Annual administration report of the Civil Veterinary Department of India - 1895-1896
Year: 1895
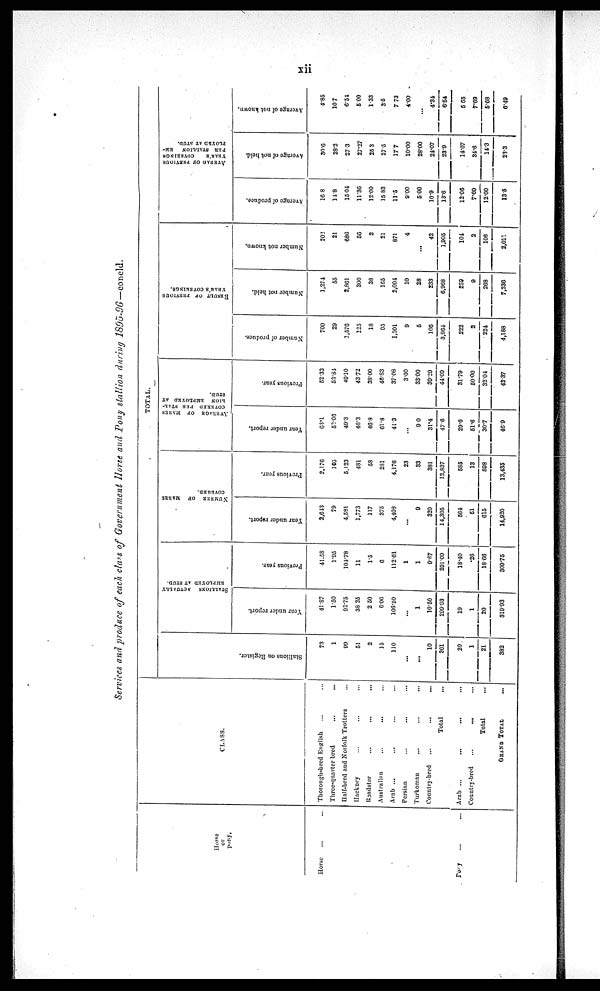
xii
Services and produce of each class of Government Horse and Pony stallion during 1895-96—concld.
Horse
or
pony.
Horse ... ...
Pony ... ...
CLASS.
Thorough-bred English ... ...
Three-quarter bred ... ...
Half-bred and Norfolk Trotters ...
Hackney ... ... ...
Roadster
...
...
...
Australian ... ... ...
Arab ... ... ...
Persian
...
...
...
Turkoman ... ... ...
Country-bred
...
...
...
Total ...
Arab ...
...
... ...
Country-bred
...
... ...
Total ...
GRAND TOTAL ....
TOTAL.
St al l
i
ons on Register.
73
1
99
51
2
15
110
...
...
10
361
20
1
21
382
STALLIONS ACTUALLY
EMPLOYED AT STUD.
Year under report.
41.87
1.50
92.75
38.25
2 .50
6 .06
106.50
...
1
10.50
299.93
19
1
20
319.93
Previous year.
41.58
1.95
104.78
11
1.5
6
112.61
1
1
9.67
291.09
18.40
.26
18.66
309.75
NUMBER OF MARES
COVERED.
Year under report.
2,643
79
4.581
1,773
117
375
4,408
...
9
320
14,305
564
51
615
14,920
Previous
year.
2,176
105
5,123
481
58
281
4,176
23
33
381
12,837
585
13
598
13,435
AVERAGE OF MARES
COVERED PER STAL-
LION EMPLOYED AT
STUD.
Year under report.
63.1
52.06
49.3
46.3
46.8
61.8
41.3
...
9.0
31.4
47.6
29.6
51.6
30.7
46.9
Previous year.
52.33
53.84
49.10
43.72
38.00
46.83
37.08
3.00
33.00
39.29
44.09
31.79
50.00
32.04
43.37
RESULT OF PREVIOUS
YEAR'S COVERINGS.
Number of produce.
700
29
1,576
125
18
95
1,301
9
5
106
3,964
222
2
224
4,188
Number not held.
1,274
55
2,861
300
38
165
2,004
10
28
233
6,968
259
9
268
7,236
Number not known.
202
21
686
56
2
21
871
4
...
42
1.905
104
2
106
2,011
AVERAGE OF PREVIOUS
YEAR'S COVERINGS
PER STALLION EM-
PLOYED AT STUD.
Average of produce.
16.8
14.8
15.04
11.86
12.00
15.83
11.5
9.00
5.00
10.9
13.6
12.06
7.69
12.00
13.5
Average of not held.
30.6
28.2
27.3
27.27
25.3
27.5
37.7
10.00
28.00
24.07
23.9
14.07
34.6
14.3
23.3
Average of not known.
4.85
10.7
6.54
5.09
1.33
3.5
7.73
4.00
...
4.34
6.54
5.65
7.69
5.68
6.49